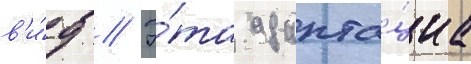
в'и́д // Э́та адапта́циа